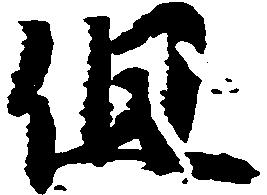
但